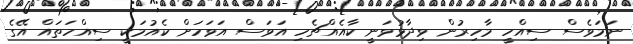
ނަމަވެސް ސިއްހީ މާހިރުން ވިދާޅުވަނީ ކާއެއްޗެހި އަވަސް އަވަހަށް ކެއުމަކީ ސިއްހަތައް އޭގެ